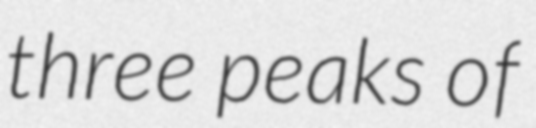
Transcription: three peaks of